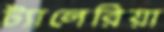
ট্যালেরিয়া